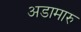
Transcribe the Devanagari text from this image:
अडामारु